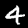
Label: 4